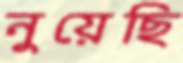
নুয়েছি